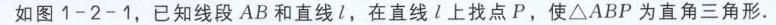
(3)如图(c)所示,在(2)的条件下,若\(\angle AOB = 10^{\circ}\), \(\angle BOC\)在\(\angle AOD\)内绕点\(O\)以每秒\(2^{\circ}\)的速度逆时针旋转,当\(\angle AOM=\frac{2}{3}\angle DON\)时,求\(t\)的值.